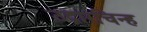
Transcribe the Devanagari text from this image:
उद्गारचिन्ह